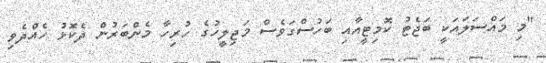
"މި މައްސަލައަކީ ބަޖެޓު ކޮމިޓީއާއި ބަހުސްގަވެސް މަޖިލީހުގެ ހުރިހާ މެންބަރުން ދެކޮޅު ހެއްދެވި